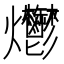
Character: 爩